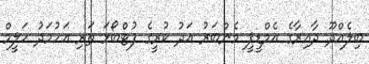
ބިލެއްދޫ ދާއިރާގެ އެމްޑީޕީ މެންބަރު އަދު ކުރީގެ ފުޓްބޯޅަ ތަރި އަހުމަދު ހަލީމް